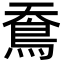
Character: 鴌